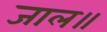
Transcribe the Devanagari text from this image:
जाल॥